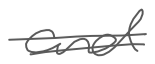
Text: and
Cross-out: double-line
Writing tool: digital_gray